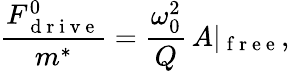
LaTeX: \frac{F_{\mathrm{~d~r~i~v~e~}}^{0}}{m^{*}}=\frac{\omega_{0}^{2}}{Q}\, A|_{\mathrm{~f~r~e~e~}},